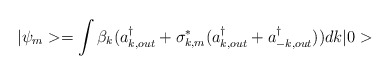
\begin{align*}|\psi_m> = \int \beta_k (a_{k,out}^\dagger +\sigma^*_{k,m}(a^\dagger_{k,out}+a^\dagger_{-k,out})) dk |0>\end{align*}